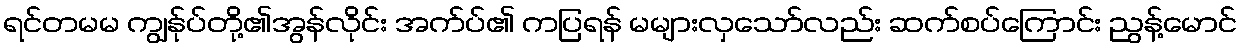
ရင်တမမ ကျွန်ုပ်တို့၏အွန်လိုင်း အက်ပ်၏ ကပြရန် မများလှသော်လည်း ဆက်စပ်ကြောင်း ညွန့်မောင်